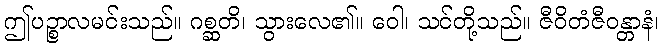
ဤပဉ္စာလမင်းသည်။ ဂစ္ဆတိ၊ သွားလေ၏။ ဝေါ၊ သင်တို့သည်။ ဇီဝိတံဇီဝန္တာနံ၊